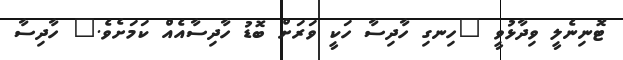
ޓޮނިނެލީ ވިދާޅުވީ "ހިނގި ހާދިސާ ހަކީ ވަރަށް ބޮޑު ހާދިސާއެއް ކަމަަށެވެ." ހާދިސާ